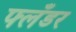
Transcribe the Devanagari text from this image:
फ्लँडर